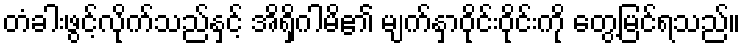
တံခါးဖွင့်လိုက်သည်နှင့် အိရှိဂါမိ၏ မျက်နှာဝိုင်းဝိုင်းကို တွေ့မြင်ရသည်။